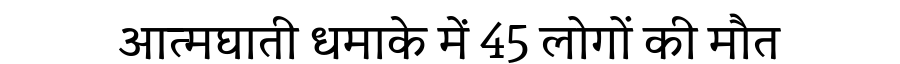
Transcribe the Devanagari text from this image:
आत्मघाती धमाके में 45 लोगों की मौत